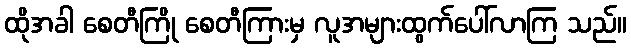
ထိုအခါ စေတီကြို စေတီကြားမှ လူအများထွက်ပေါ်လာကြ သည်။